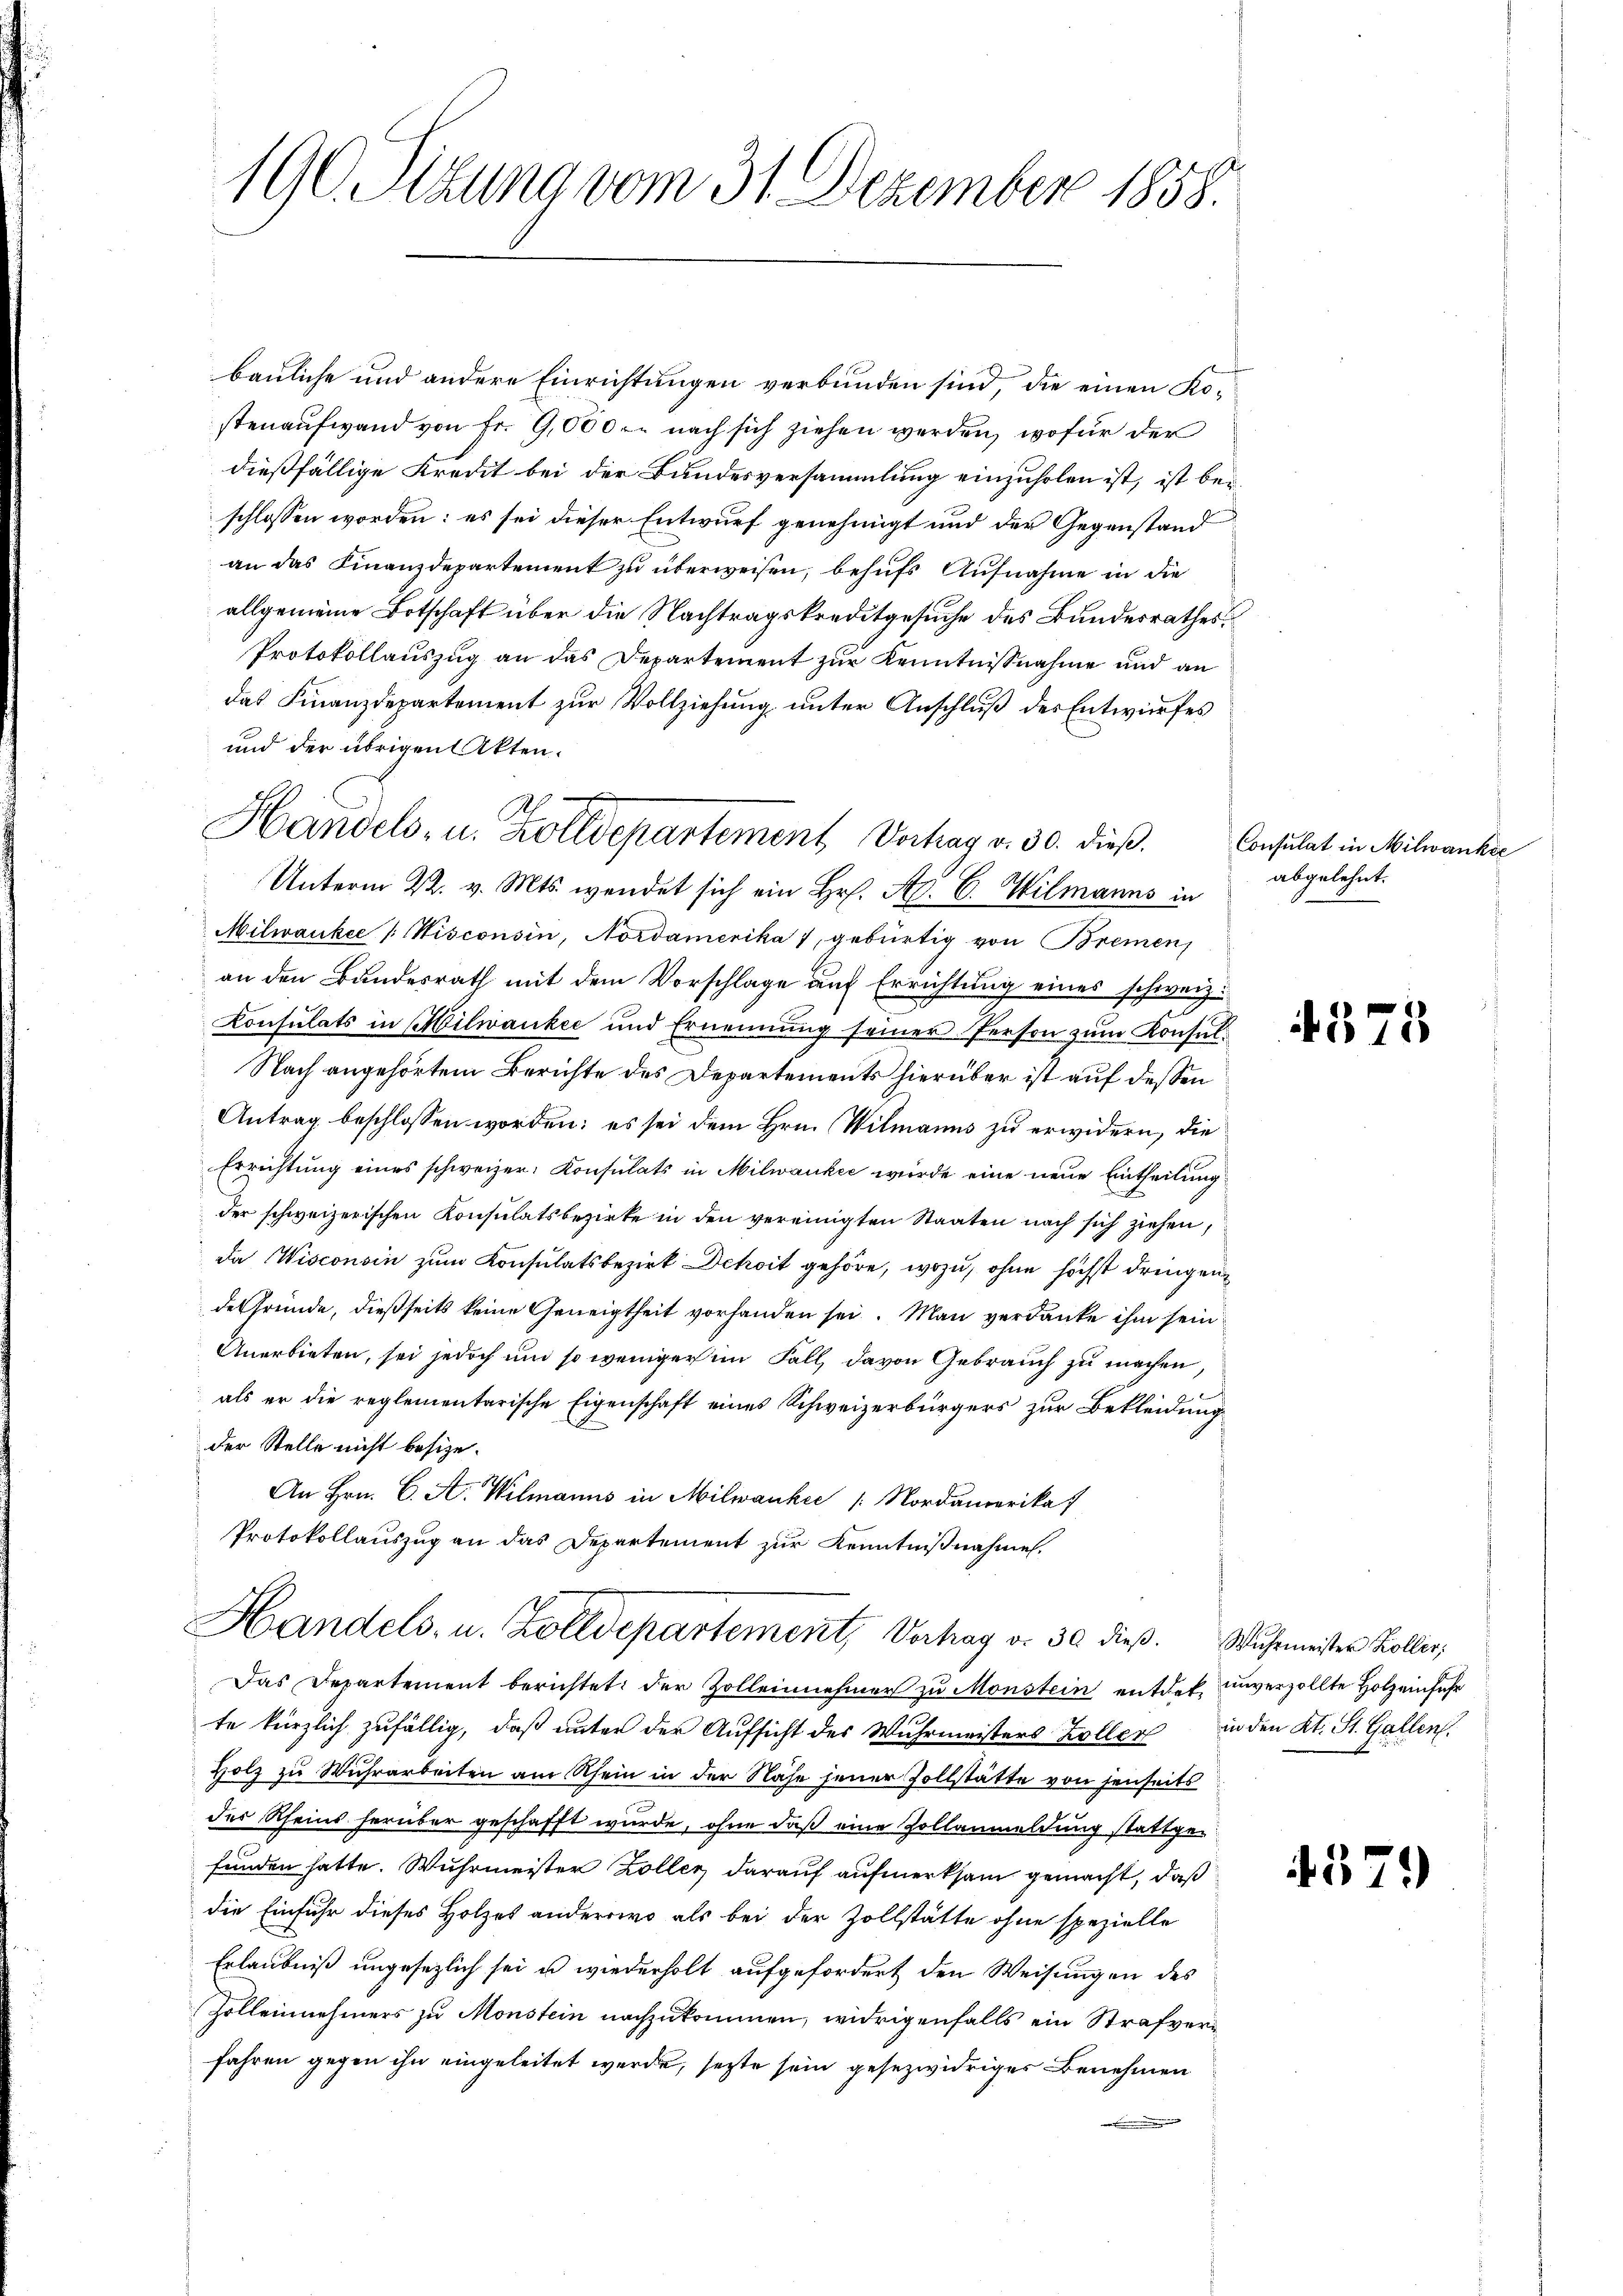
190. Sizung vom 31. Dezember 1858.

bauliche und andere Einrichtungen verbunden sind, die einen Kostenaufwand von Fr. 9,000 r. nach sich ziehen werden, wofür der
dießfällige Kredit bei der Bundesversammlung einzuholen ist, ist beischlossen worden: es sei dieser Entwurf genehmigt und der Gegenstand
an das Finanzdepartement zu überweisen, behufs Aufnahme in die
allgemeine Botschaft über die Nachtragskreditgesuche des Bundesrathes
Protokollauszug an das Departement zur Kenntnißnahme und an
das Finanzdepartement zur Vollziehung unter Anschluß des Entwurfes
und der übrigen Akten.
Unterm 22. v. Mts. wendet sich ein Hr. A. C. Wilmanns in
Milwankee /: Nisconsin, Nordamerika, gebürtig von Bremen,
an den Bundesrath mit dem Vorschlage auf Errichtung eines schweiz.
Konsulats in Milwanker und Ernennung seiner Person zum Konsul¬
Nach angehörtem Berichte des Departements hierüber ist auf dessen
Antrag beschlossen worden; es sei dem Hrn. Vilmanns zu erwidern, die
Errichtung eines schweizer Konsulats in Milwanker werde eine neue Eintheilung
der schweizerischen Konsulatsbezirke in den vereinigten Staaten nach sich ziehen,
Da Wisconsin zum Konsulatsbezirk Dchoit gehöre, wozu, ohne höchst dringen
de Gründe, dießseits keine Geneigtheit vorhanden sei. Man verdanke ihm sein
Anerbieten, sei jedoch und so weniger im Fall, davon Gebrauch zu machen,
als er die reglementarische Eigenschaft eines Schweizerbürgers zur Bekleidung
der Stelle nicht besize.
An Hrn. C. A. Wilmanns in Milwanke / Nordamerikaf
Protokollauszug an das Departement zur Kenntnißnahme.

Handels- u. Zolldepartement Verhag v. 30. dieß.

Das Departement berichtet: der Zollennehmer zu Monstein entdek, unverzollte Holz einfahr
te kürzlich zufällig, daß unter der Aufsicht des Wuhrmeisters Zoller
Holz zu Wuhrarbeiten am Rhein in der Nähe jener Zollstätte von jenseits
der Rheins herüber geschafft wurde, ohne daß eine Zollanmeldung stattgefunden hatte. Wuhrmeister Zollen darauf aufmerksam gemacht, daß
die Einfuhr dieses Holzes anderswo als bei der Zollstätte ohne spezielle
Erlaubniß ungesezlich sei u. wiederholt aufgefordert den Weisungen des
Zolleinehmers zu Monstein nachzukommen, widrigenfalls ein Strafverfahren gegen ihn eingeleitet werde, sette sein gesezwidriger Benehmen
n und |

Handels- u. Zolldepartement, Verhay d. 30 dieß. Wuhrmeister Koller;

Consulat in Milwankie
abgelehnt.

457

37

)

.

in den Kt. St. Gallen.